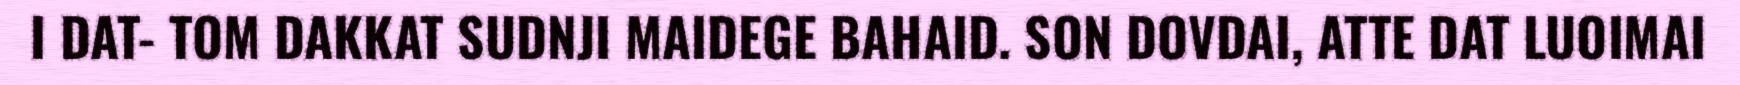
I DAT- TOM DAKKAT SUDNJI MAIDEGE BAHAID. SON DOVDAI, ATTE DAT LUOIMAI